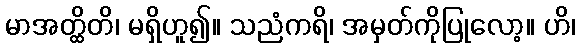
မာအတ္ထိတိ၊ မရှိဟူ၍။ သညံကရိ၊ အမှတ်ကိုပြုလော့။ ဟိ၊